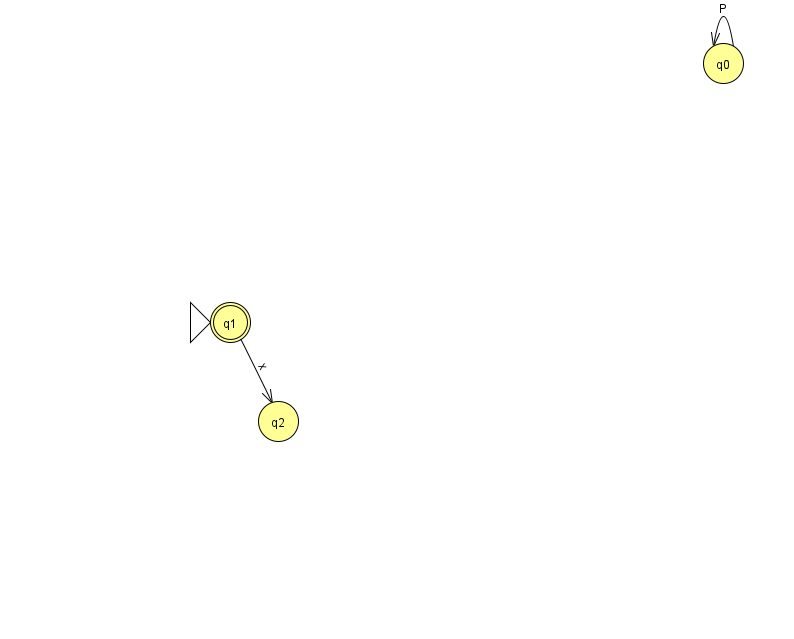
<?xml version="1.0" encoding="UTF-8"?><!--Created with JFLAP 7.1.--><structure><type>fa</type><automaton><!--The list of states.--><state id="0" name="q0"><x>723.0</x><y>50.0</y></state><state id="1" name="q1"><x>230.0</x><y>309.0</y><initial/><final/></state><state id="2" name="q2"><x>278.0</x><y>408.0</y></state><!--The list of transitions.--><transition><from>0</from><to>0</to><read>P</read></transition><transition><from>1</from><to>2</to><read>x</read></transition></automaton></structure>